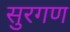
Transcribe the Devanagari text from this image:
सुरगण